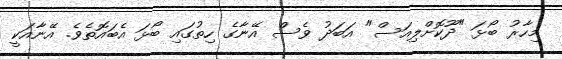
މިހާރު ބޯޅަ "ދޫކޮށްލިއަސް" އަބަދު ވެސް އޭނާގެ ހިތުގައި ބޯޅަ އެބައޮތެވެ. އޭނާއަކީ